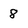
Character: 8